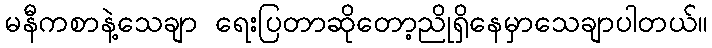
မနီကစာနဲ့သေချာ ရေးပြတာဆိုတော့ညိုရှိနေမှာသေချာပါတယ်။